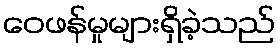
ဝေဖန်မှုများရှိခဲ့သည်